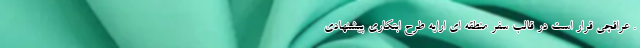
. ‌عراقچی قرار است در قالب سفر منطقه ای ارایه طرح ابتکاری پیشنهادی